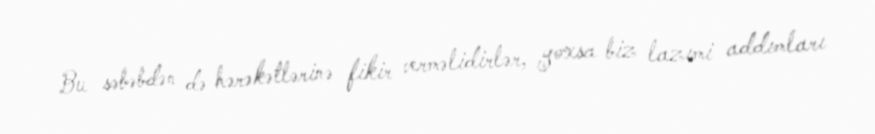
Bu səbəbdən də hərəkətlərinə fikir verməlidirlər, yoxsa biz lazımi addımları